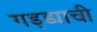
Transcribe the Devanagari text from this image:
गड्ड्याची